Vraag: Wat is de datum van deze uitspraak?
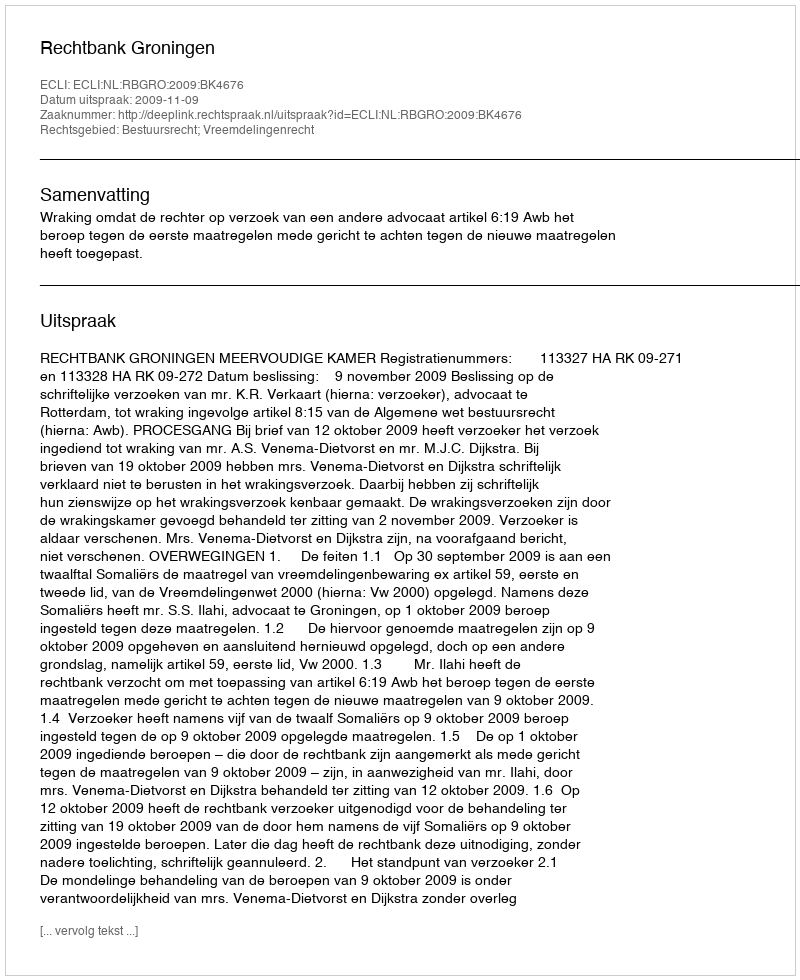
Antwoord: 2009-11-09